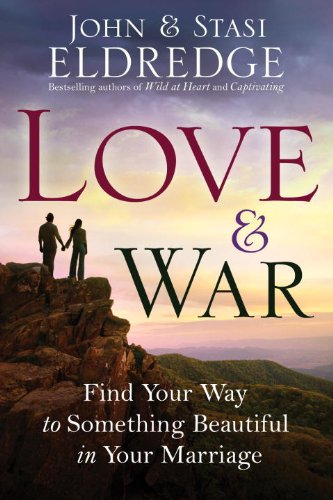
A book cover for Love and War: Find Your Way to Something Beautiful in Your Marriage; John Eldredge; Christian Books & Bibles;